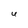
Character: U